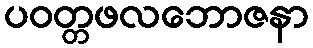
ပဝတ္တဖလဘောဇနာ